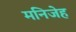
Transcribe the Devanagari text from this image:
मनिजेह